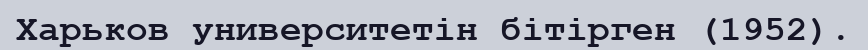
Харьков университетін бітірген (1952).